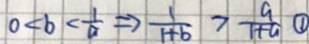
0 < b < \frac { 1 } { a } \Rightarrow \frac { 1 } { 1 + b } > \frac { a } { 1 + a } \textcircled { 1 }